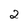
Character: 2